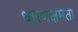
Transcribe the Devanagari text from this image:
धारणक्षमता